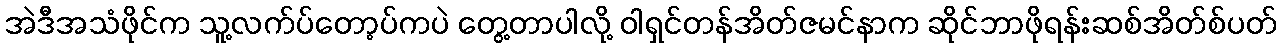
အဲဒီအသံဖိုင်က သူ့လက်ပ်တော့ပ်ကပဲ တွေ့တာပါလို့ ဝါရှင်တန်အိတ်ဇမင်နာက ဆိုင်ဘာဖိုရန်းဆစ်အိတ်စ်ပတ်